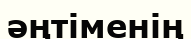
әңтіменің